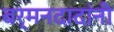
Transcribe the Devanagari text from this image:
बर्मनदादांनी